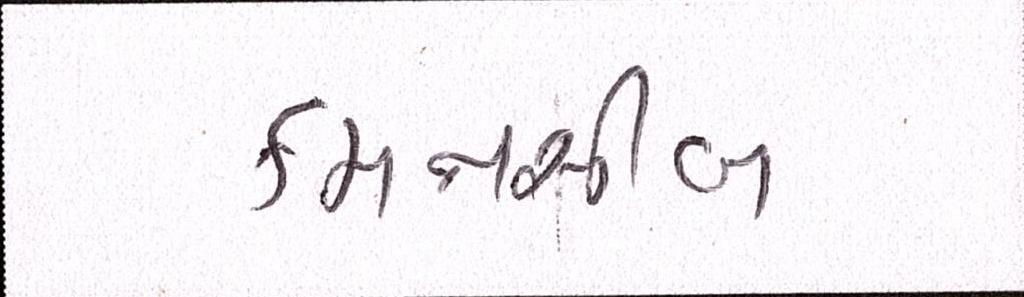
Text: કમનસીબ